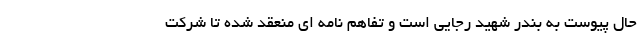
حال پیوست به بندر شهید رجایی است و تفاهم نامه ای منعقد شده تا شرکت